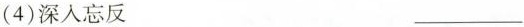
(4)深入忘反 ___